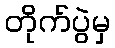
တိုက်ပွဲမှ